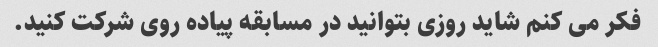
فکر می کنم شاید روزی بتوانید در مسابقه پیاده روی شرکت کنید.